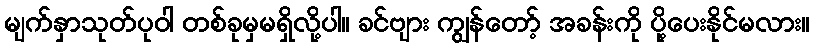
မျက်နှာသုတ်ပုဝါ တစ်ခုမှမရှိလို့ပါ။ ခင်ဗျား ကျွန်တော့် အခန်းကို ပို့ပေးနိုင်မလား။